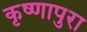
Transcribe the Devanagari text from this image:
कृष्णापुरा